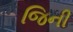
જિની